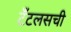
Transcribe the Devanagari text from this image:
टँटलसची